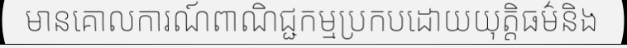
មានគោលការណ៍ពាណិជ្ជកម្មប្រកបដោយយុត្តិធម៌និង